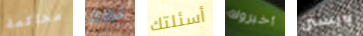
محاكمة غرابة أسئلتك أخبروك ويستن